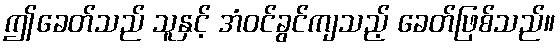
ဤခေတ်သည် သူနှင့် အံဝင်ခွင်ကျသည့် ခေတ်ဖြစ်သည်။